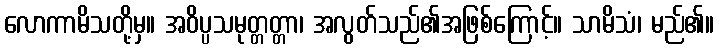
လောကာမိသတို့မှ။ အဝိပ္ပသမုတ္တတ္တာ၊ အလွတ်သည်၏အဖြစ်ကြောင့်။ သာမိသံ၊ မည်၏။